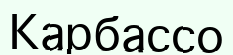
Карбассо